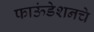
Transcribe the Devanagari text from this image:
फाऊंडेशनचे